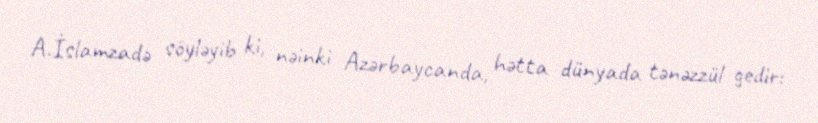
A.İslamzadə söyləyib ki, nəinki Azərbaycanda, hətta dünyada tənəzzül gedir: